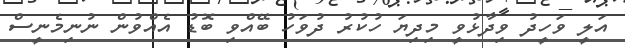
އަލީ ވަހީދު ވިދާޅުވީ މިދިޔަ ހުކުރު ދުވަހު ބޭއްވި ބޮޑު އެއްވުން ނުނިމެނީސް